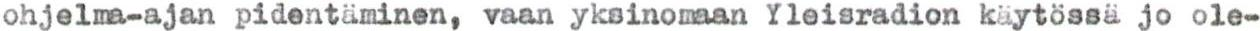
ohjelma-ajan pidentäminen, vaan yksinomaan Yleisradion käytössä jo ole-